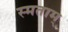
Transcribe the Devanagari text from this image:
स्मताम्